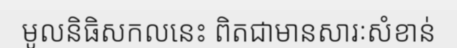
មូលនិធិសកលនេះ ពិតជាមានសារៈសំខាន់